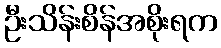
ဦးသိန်းစိန်အစိုးရက